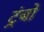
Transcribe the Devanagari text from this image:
ट्रंबो